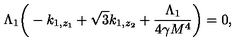
\Lambda _ { 1 } \bigg ( - k _ { 1 , z _ { 1 } } + \sqrt { 3 } k _ { 1 , z _ { 2 } } + \frac { \Lambda _ { 1 } } { 4 \gamma M ^ { 4 } } \bigg ) = 0 ,